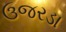
ઉજરડા